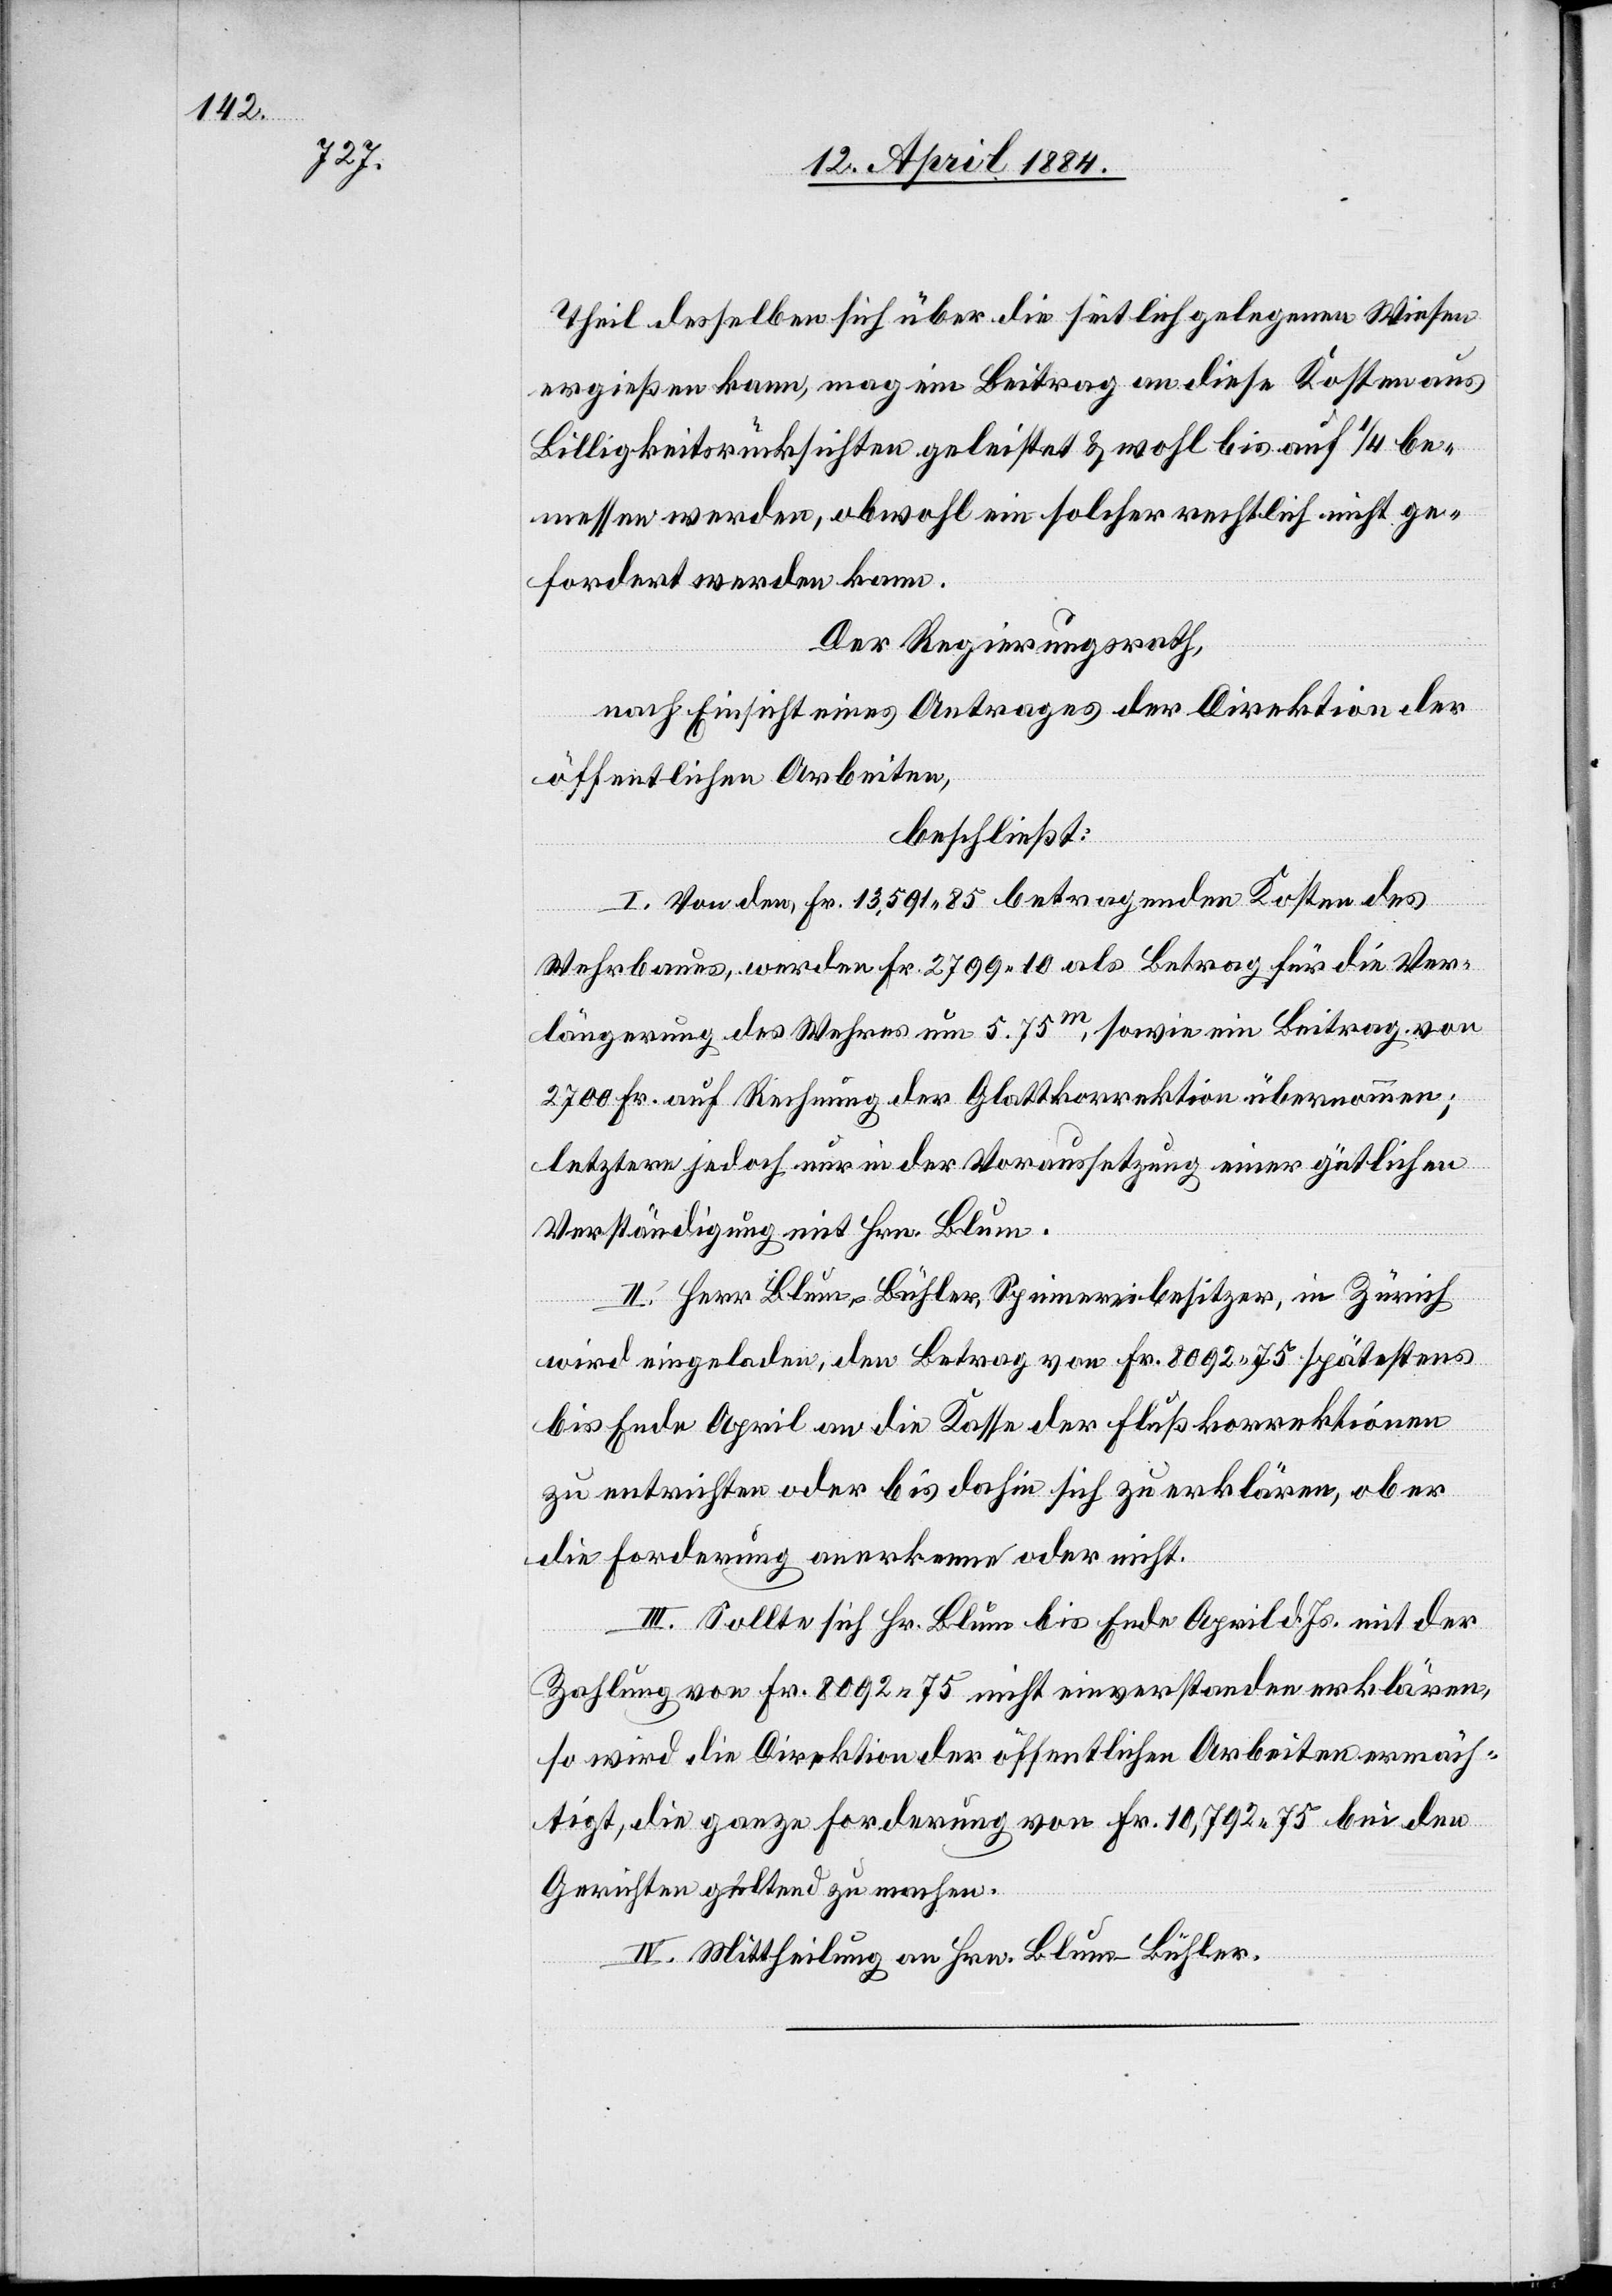
Theil desselben sich über die seitlich gelegenen Wiesen
ergießen kann, mag ein Beitrag an diese Kosten aus
Billigkeitsrücksichten geleistet & wohl bis auf 1/4 be¬
messen werden, obwohl ein solcher rechtlich nicht ge¬
fordert werden kann.
Der Regierungsrath,
nach Einsicht eines Antrages der Direktion der
öffentlichen Arbeiten,
beschließt:
I. Von den Fr. 13,591 85 betragenden Kosten des
Wehrbaus, werden Fr. 2799 10 als Betrag für die Ver¬
längerung des Wehres um 5.75m, sowie ein Beitrag von
2700 Fr. auf Rechnung der Glattkorrektion übernommen;
letztern jedoch nur in der Voraussetzung einer gütlichen
Verständigung mit Hrn. Blum.
II. Herr Blum-Bühler, Spinnereibesitzer, in Zürich,
wird eingeladen, den Betrag von Fr. 8092 75 spätestens
bis Ende April an die Kasse der Flußkorrektionen
zu entrichten oder bis dahin sich zu erklären, ob er
die Forderung anerkenne oder nicht.
III. Sollte sich Hr. Blum bis Ende April d. Js. mit der
Zahlung von Fr. 8092 75 nicht einverstanden erklären,
so wird die Direktion der öffentlichen Arbeiten ermäch¬
tig, die ganze Forderung von Fr. 10,792 75 bei den
Gerichten geltend zu machen.
IV. Mittheilung an Hrn. Blum-Bühler.